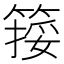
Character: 𥱮